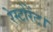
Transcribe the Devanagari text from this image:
रेस्टोरेंट।